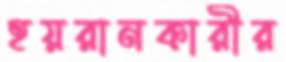
হয়রানকারীর